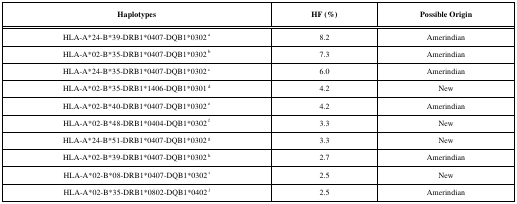
| Haplotypes | HF (%) | Possible Origin |
 | --- | --- | --- |
 | HLA-A*24-B*39-DRB1*0407-DQB1*0302a | 8.2 | Amerindian |
 | HLA-A*02-B*35-DRB1*0407-DQB1*0302b | 7.3 | Amerindian |
 | HLA-A*24-B*35-DRB1*0407-DQB1*0302c | 6.0 | Amerindian |
 | HLA-A*02-B*35-DRB1*1406-DQB1*0301d | 4.2 | New |
 | HLA-A*02-B*40-DRB1*0407-DQB1*0302e | 4.2 | Amerindian |
 | HLA-A*02-B*48-DRB1*0404-DQB1*0302f | 3.3 | New |
 | HLA-A*24-B*51-DRB1*0407-DQB1*0302g | 3.3 | New |
 | HLA-A*02-B*39-DRB1*0407-DQB1*0302h | 2.7 | Amerindian |
 | HLA-A*02-B*08-DRB1*0407-DQB1*0302i | 2.5 | New |
 | HLA-A*02-B*35-DRB1*0802-DQB1*0402j | 2.5 | Amerindian |